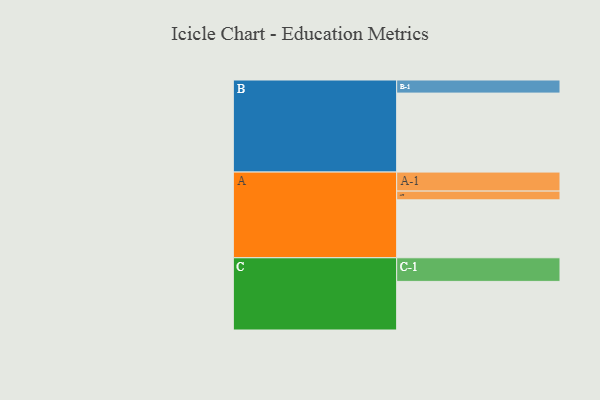
{"axis": {"x": "Segment", "y": "Value"}, "legend": ["", "A", "B", "C"], "data": [{"x": "A", "y": 429, "type": ""}, {"x": "B", "y": 585, "type": ""}, {"x": "C", "y": 360, "type": ""}, {"x": "A-1", "y": 141, "type": "A"}, {"x": "A-2", "y": 65, "type": "A"}, {"x": "B-1", "y": 97, "type": "B"}, {"x": "C-1", "y": 175, "type": "C"}]}